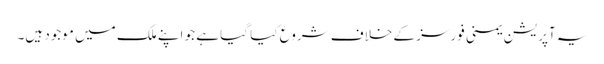
یہ آپریشن یمنی فورسز کے خلاف شروع کیا گیا ہے جو اپنے ملک میں موجود ہیں۔